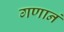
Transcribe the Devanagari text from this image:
गणानं